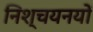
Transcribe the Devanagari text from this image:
निश्चयनयों